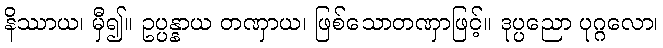
နိဿာယ၊ မှီ၍။ ဥပ္ပန္နာယ တဏှာယ၊ ဖြစ်သောတဏှာဖြင့်။ ဒုပ္ပညော ပုဂ္ဂလော၊